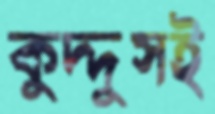
কুদ্দুসই